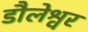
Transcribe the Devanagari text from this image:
डौलेश्वर